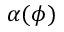
\alpha ( \phi )